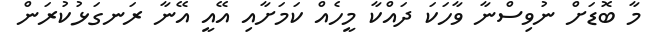
މާ ބޮޑަށް ނުވިސްނާ ވާހަކަ ދައްކާ މީހެއް ކަމަށާއި އޭއީ އޭނާ ރަނގަޅުކުރަން